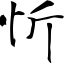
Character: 忻